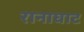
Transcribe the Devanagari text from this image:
रानाघाट